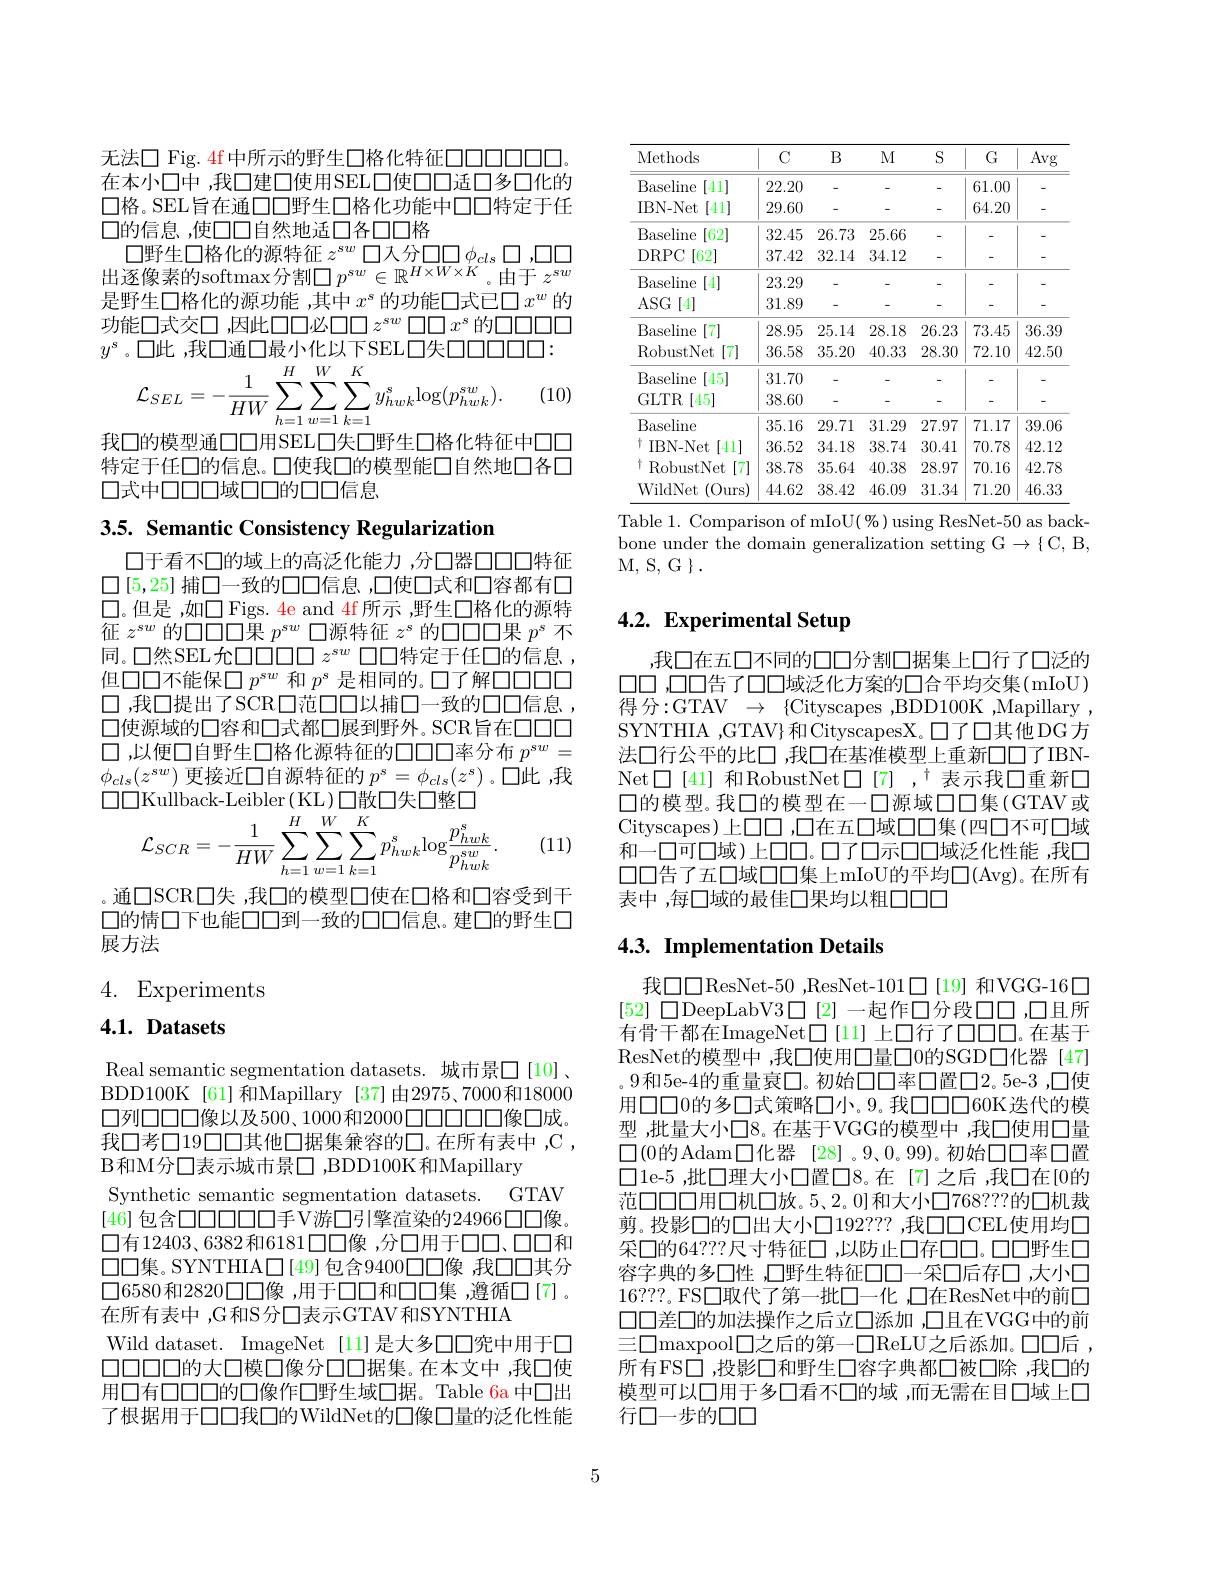
无法口 Fig. 4f 中所示的野生口格化特征口口口口口口口。在本小口中，我口建口使用SEL口使口口适口多口化的$\square$格。SEL旨在通口口野生口格化功能中口口特定于任口的信息，使口口自然地适口各口口格
$\square$野生口格化的源特征$z^sw\square$人分口口$\phi_cls\square,\square\square\square$ 出逐像素的softmax分割$\square p^sw\in\mathbb{R}^{H\times W\times K}$。由于 $z^sw$ 是野生口格化的源功能 ,其中$x^s$的功能口式已口$x^w$的功能口式交口 ,因此口口必$\square\square z^{sw}\square\square x^s$ 的口口口口$y^s$。口此 ,我口通口最小化以下SEL口失口口口口：
$$\begin{aligned}&\text{。口此 的人口地口收了 L以T JLL口人口LL}\\&\mathcal{L}_{SEL}=-\frac{1}{HW}\sum_{h=1}^{H}\sum_{w=1}^{W}\sum_{k=1}^{K}y_{hwk}^{s}\mathrm{log}(p_{hwk}^{sw}).\\\end{aligned}$$
(10)

我口的模型通口口用SEL口失口野生口格化特征中口口

特定于任口的信息。口使我口的模型能口自然地口各口
口式中口口口域口口的口口信息

3.5. Semantic Consistency Regularization

口于看不口的域上的高泛化能力 ,分口器口口口特征口[5,25] 捕口一致的口口信息，口使口式和口容都有口$\square$。但是 ,如口 Figs. 4e and 4f 所示 ,野生口格化的源特征$z^sw$的口口口口果$p^sw$口源特征$z^s$的口口口口果$p^s$不同。口然SEL允口口口口$z^{sw}$口口特定于任口的信息但口口不能保$\square p^{sw}$和$p^s$是相同的。口了解口口口口口，我口提出了SCR口范口口以捕口一致的口口信息， 口使源域的口容和口式都口展到野外。SCR旨在口口口口，以便口自野生口格化源特征的口口口率分布$p^{sw}=$ $\phi_{cls}(z^{sw})$更接近口自源特征的$p^s=\phi_{cls}(z^s)$。口此 ,我$\square\square$Kullback-Leibler( KL)口散口失口整口
$$\mathcal{L}_{SCR}=-\frac{1}{HW}\sum_{h=1}^{H}\sum_{w=1}^{W}\sum_{k=1}^{K}p_{hwk}^{s}\mathrm{log}\frac{p_{hwk}^{s}}{p_{hwk}^{sw}}.$$
(11)

。通口SCR口失，我口的模型口使在口格和口容受到干口的情口下也能口口到一致的口口信息。建口的野生口展方法

4. Experiments

# 4.1. Datasets

Real semantic segmentation datasets. 城市景□[10] 、 BDD100K [61]和Mapillary [37]由2975、7000和18000 $\square 列\square\square\square 像以及500、1000和2000\square\square\square\square\square 像\square$成。我口考口19日口其他口据集兼容的口。在所有表中，C, B和M分口表示城市景□,BDD100K和Mapillary
Synthetic semantic segmentation datasets. GTAV [46]包含口口口口口手V游口引擎渲染的24966口口像。口有12403、6382和6181口口像 ,分口用于口口、口口和$\square\square$集。SYNTHIA$\square$[49]包含9400口口像，我口口其分$\square6580$和2820口口像 ,用于口口和口口集 ,遵循口[7]。在所有表中 ,G和S分口表示GTAV和SYNTHIA
Wild dataset. ImageNet [11]是大多口口究中用于口$\square\square\square\square\square$的大口模口像分口口据集。在本文中，我口使用口有口口口的口像作口野生域口据。Table 6a 中口出了根据用于口口我口的WildNet的口像口量的泛化性能

<table>
	<tbody>
		<tr>
			<th>Methods</th>
			<th>$C$</th>
			<th>$B$</th>
			<th>$M$</th>
			<th>S</th>
			<th>$G$</th>
			<th>Avg</th>
		</tr>
		<tr>
			<td>Baseline [41]</td>
			<td>22.20</td>
			<td>-</td>
			<td>-</td>
			<td>-</td>
			<td>61.00</td>
			<td>-</td>
		</tr>
		<tr>
			<td>IBN- Net [41]</td>
			<td>29.60</td>
			<td>-</td>
			<td>-</td>
			<td>-</td>
			<td>64.20</td>
			<td>-</td>
		</tr>
		<tr>
			<td>Baseline [62]</td>
			<td>32.45</td>
			<td>26.73</td>
			<td>25.66</td>
			<td> </td>
			<td> </td>
			<td>-</td>
		</tr>
		<tr>
			<td>DRPC [62] </td>
			<td>37.42</td>
			<td>32.14</td>
			<td>34.12</td>
			<td>-</td>
			<td>-</td>
			<td>-</td>
		</tr>
		<tr>
			<td>Baseline [4]</td>
			<td>23.29</td>
			<td>-</td>
			<td>-</td>
			<td>-</td>
			<td>-</td>
			<td>-</td>
		</tr>
		<tr>
			<td>ASG$\left [ 4\right ]$</td>
			<td>31.89</td>
			<td> </td>
			<td> </td>
			<td> </td>
			<td>-</td>
			<td>-</td>
		</tr>
		<tr>
			<td>Baseline [7]</td>
			<td>28.95</td>
			<td>25.14</td>
			<td>28.18</td>
			<td>26.23</td>
			<td>73.45</td>
			<td>36.39</td>
		</tr>
		<tr>
			<td>RobustNet [7]</td>
			<td>36.58</td>
			<td>35.20</td>
			<td>40.33</td>
			<td>28.30</td>
			<td>72.10</td>
			<td>42.50</td>
		</tr>
		<tr>
			<td>Baseline [45]</td>
			<td>31.70</td>
			<td>-</td>
			<td>-</td>
			<td>-</td>
			<td>-</td>
			<td>-</td>
		</tr>
		<tr>
			<td>GLTR $\therefore[45]$ H </td>
			<td>38.60</td>
			<td>-</td>
			<td>-</td>
			<td>-</td>
			<td>-</td>
			<td>-</td>
		</tr>
		<tr>
			<td>Baseline</td>
			<td>35.16</td>
			<td>29.71</td>
			<td>31.29</td>
			<td>27.97</td>
			<td>71.17</td>
			<td>39.06</td>
		</tr>
		<tr>
			<td>IBN- Net [41] </td>
			<td>36.52</td>
			<td>34.18</td>
			<td>38.74</td>
			<td>30.41</td>
			<td>70.78</td>
			<td>42.12</td>
		</tr>
		<tr>
			<td>$\operatorname{RobustNet}$ [7]</td>
			<td>38.78</td>
			<td>35.64</td>
			<td>40.38</td>
			<td>28.97</td>
			<td>70.16</td>
			<td>42.78</td>
		</tr>
		<tr>
			<td>WildNet (0urs)</td>
			<td>44.62</td>
			<td>38.42</td>
			<td>46.09</td>
			<td>31.34</td>
			<td>71.20</td>
			<td>46.33</td>
		</tr>
	</tbody>
</table>
Table 1. Comparison of mIoU(%) using ResNet-50 as back-

bone under the domain generalization setting G $\to \{$C,B,
M, S, G $\}.$

# 4.2. Experimental Setup

,我口在五口不同的口口分割口据集上口行了口泛的$\square\square\square\square\square$告了口口域泛化方案的口合平均交集(mIoU) 得分：GTAV $\to$ \{Cityscapes ,BDD100K ,Mapillary , SYNTHIA ,GTAV}和CityscapesX。口了口其他DG方法口行公平的比口 ,我口在基准模型上重新口口了IBNNet$\square$[41] 和RobustNet$\square$[7],$^{\dagger}$表示我$\square$重新$\square$ 口的模型。我口的模型在一口源域口口集(GTAV或Cityscapes)上口口，口在五口域口口集(四口不可口域和一口可口域)上口口。口了口示口口域泛化性能，我口口口告了五口域口口集上mIoU的平均$\square ($Avg)。在所有表中，每口域的最佳口果均以粗口口口

## 4.3. Implementation Details

我$\square\square$ResNet-50,ResNet-101$\square$[19] 和VGG-16口[52] 口DeepLabV3$\square[2]-$起作口分段口口，口且所有骨干都在ImageNet$\square[11]$上口行了口口口。在基于ResNet的模型中 ,我口使用口量口0的SGD口化器 [47] 。9和5e-4的重量衰口。初始口口率口置口2。5e-3 ,口使用口口0的多口式策略口小。9。我口口口60K迭代的模型 ,批量大小口8。在基于VGG的模型中 ,我口使用口量$\square$(0的Adam口化器[28]。9、0。99)。初始口口率口置$\square1$e-5 ,批口理大小口置口8。在[7]之后 ,我口在[0的范口口口用口机口放。5、2。0]和大小口768？??的口机裁剪。投影口的口出大小口192？??,我口口CEL使用均口采口的64？??尺寸特征口，以防止口存口口。口口野生口容字典的多口性 ,口野生特征口口一采口后存口 ,大小口16???。FS口取代了第一批口一化 ,口在ResNet中的前口口口差口的加法操作之后立口添加 ,口且在VGG中的前三$\square$maxpool口之后的第一$\square$ReLU之后添加。口口后， 所有FS□,投影口和野生口容字典都口被口除，我口的模型可以口用于多口看不口的域 ,而无需在目口域上口行口一步的口口

5